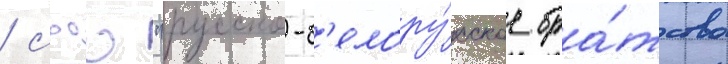
/ сооо "русско-б'елору́сское бра́тство